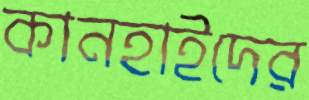
কানহাইদের